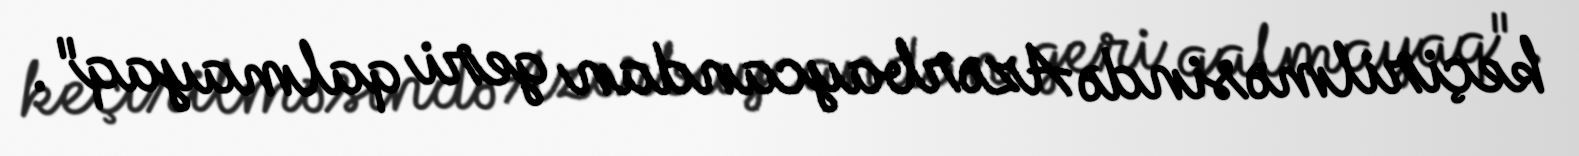
keçirilməsində Azərbaycandan geri qalmayaq".